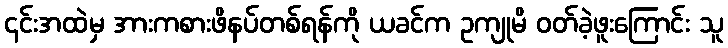
၎င်းအထဲမှ အားကစားဖိနပ်တစ်ရန်ကို ယခင်က ဥကျုမိ ဝတ်ခဲ့ဖူးကြောင်း သူ